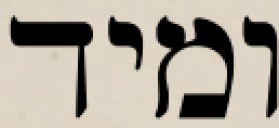
ומיד